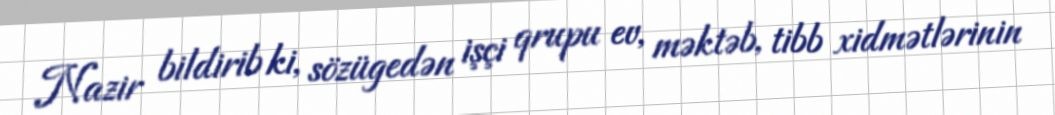
Nazir bildirib ki, sözügedən işçi qrupu ev, məktəb, tibb xidmətlərinin